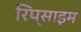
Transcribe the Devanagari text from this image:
रिप्साइम